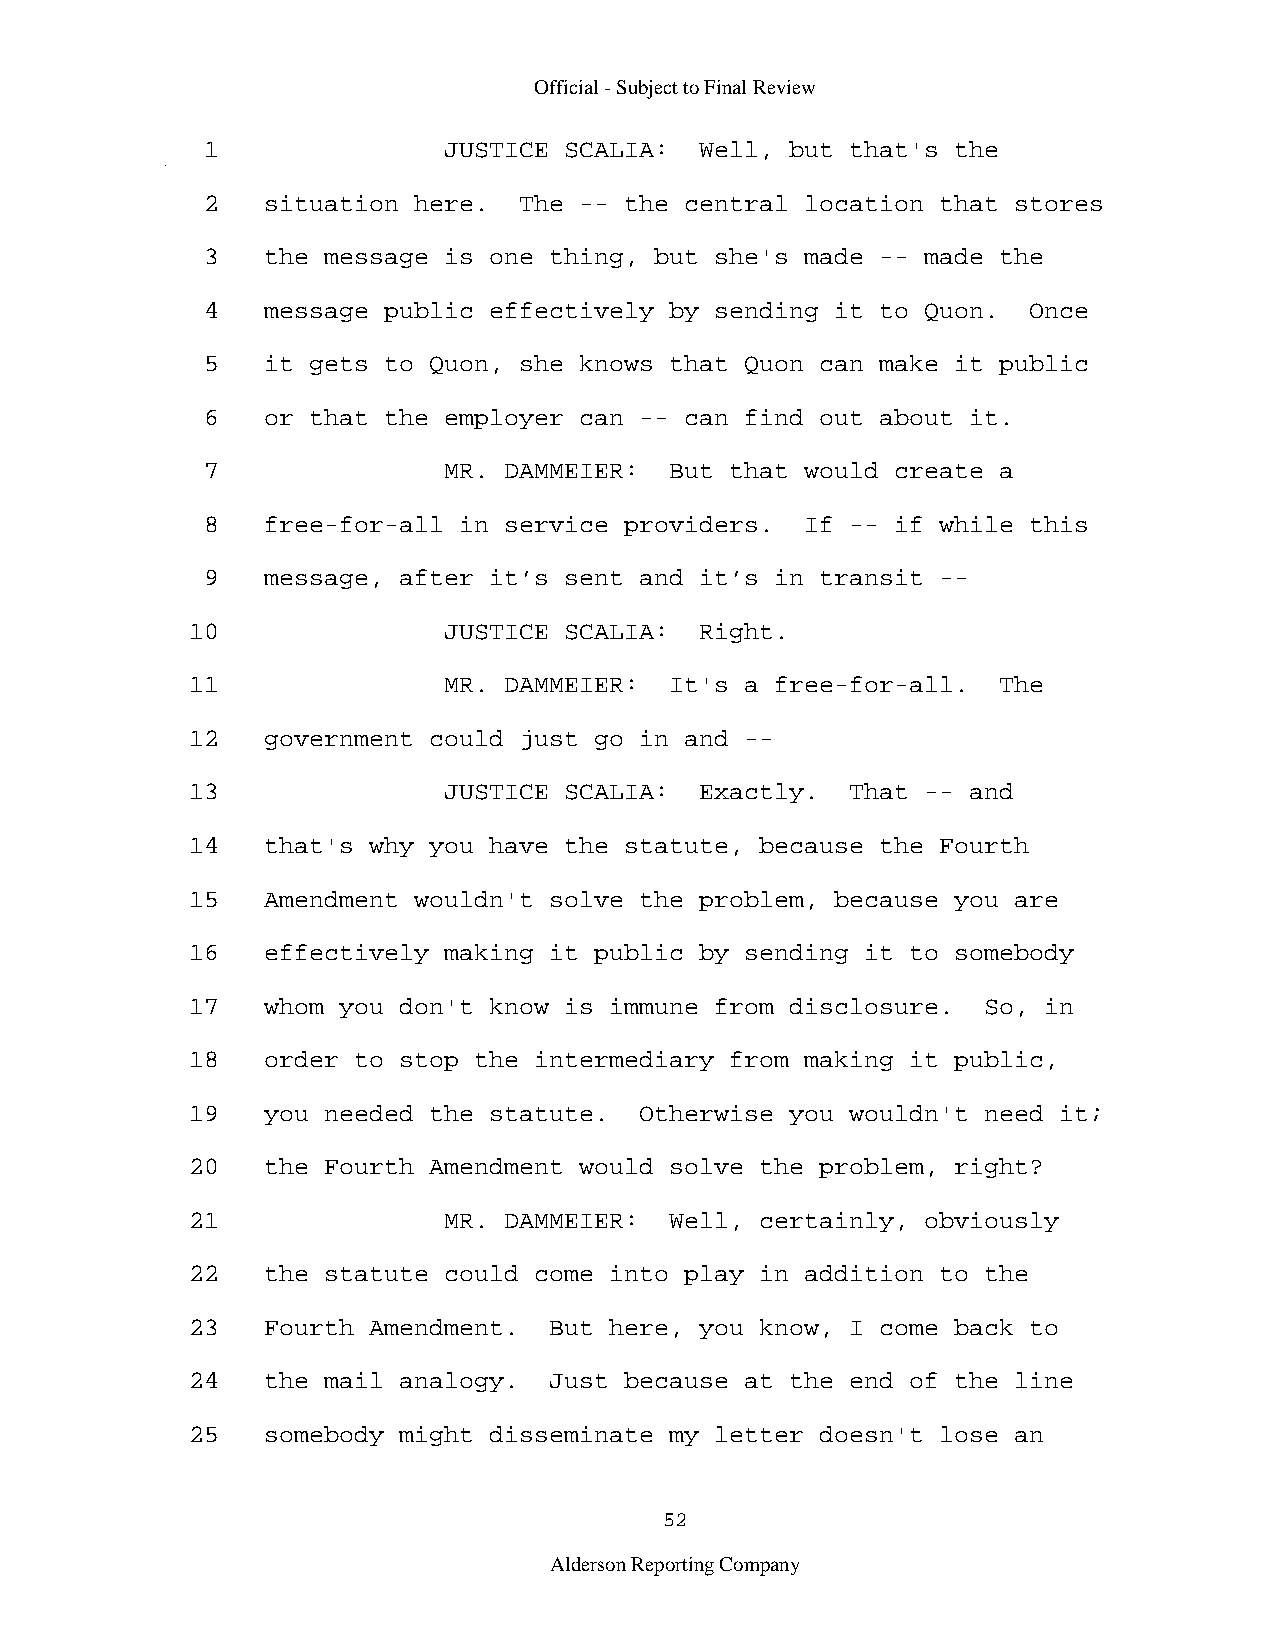
Official - Subject to Final Review
 1               JUSTICE SCALIA:  Well, but that's the
 2   situation here.  The -- the central location that stores
 3   the message is one thing, but she's made -- made the
 4   message public effectively by sending it to Quon.  Once
 5   it gets to Quon, she knows that Quon can make it public
 6   or that the employer can -- can find out about it.
 7               MR. DAMMEIER:  But that would create a
 8   free-for-all in service providers.  If -- if while this
 9   message, after it’s sent and it’s in transit --
 10               JUSTICE SCALIA:  Right.
 11               MR. DAMMEIER:  It's a free-for-all.  The
 12   government could just go in and --
 13               JUSTICE SCALIA:  Exactly.  That -- and
 14   that's why you have the statute, because the Fourth
 15   Amendment wouldn't solve the problem, because you are
 16   effectively making it public by sending it to somebody
 17   whom you don't know is immune from disclosure.  So, in
 18   order to stop the intermediary from making it public,
 19   you needed the statute.  Otherwise you wouldn't need it;
 20   the Fourth Amendment would solve the problem, right?
 21               MR. DAMMEIER:  Well, certainly, obviously
 22   the statute could come into play in addition to the
 23   Fourth Amendment.  But here, you know, I come back to
 24   the mail analogy.  Just because at the end of the line
 25   somebody might disseminate my letter doesn't lose an
 52
 Alderson Reporting Company